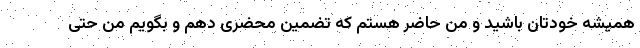
همیشه خودتان باشید و من حاضر هستم که تضمین محضری دهم و بگویم من حتی